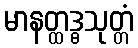
မာနတ္ထဒ္ဓသုတ္တံ